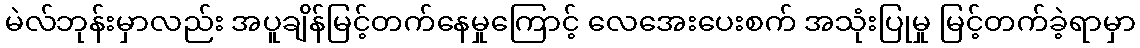
မဲလ်ဘုန်းမှာလည်း အပူချိန်မြင့်တက်နေမှုကြောင့် လေအေးပေးစက် အသုံးပြုမှု မြင့်တက်ခဲ့ရာမှာ